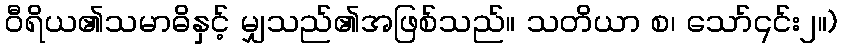
ဝီရိယ၏သမာဓိနှင့် မျှသည်၏အဖြစ်သည်။ သတိယာ စ၊ သော်၎င်း၂။)